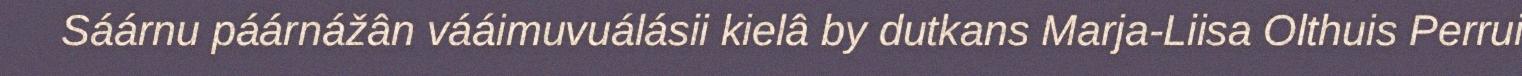
Sáárnu páárnážân vááimuvuálásii kielâ by dutkans Marja-Liisa Olthuis Perrui